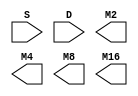
module top1 (
input [3:0] S,
input [15:0] D,
output M2,M4,M8,M16
);

endmodule